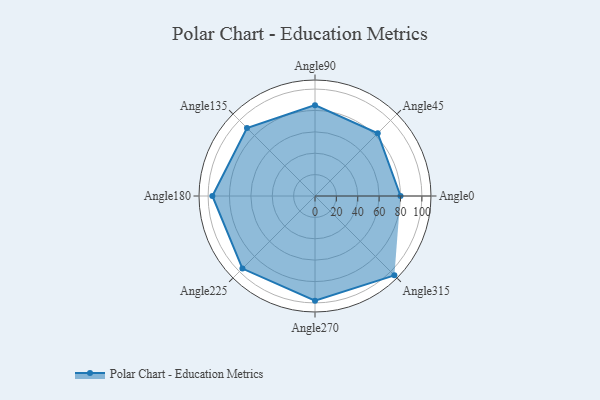
{"axis": {"x": "Angle", "y": "Radius"}, "legend": [""], "data": [{"x": "Angle0", "y": 80.0, "type": ""}, {"x": "Angle45", "y": 83.0, "type": ""}, {"x": "Angle90", "y": 85.0, "type": ""}, {"x": "Angle135", "y": 90.0, "type": ""}, {"x": "Angle180", "y": 96.0, "type": ""}, {"x": "Angle225", "y": 96.0, "type": ""}, {"x": "Angle270", "y": 98.0, "type": ""}, {"x": "Angle315", "y": 105.0, "type": ""}]}